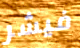
فيشر